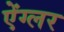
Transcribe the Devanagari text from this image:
ऐंग्लर